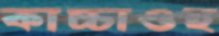
কাচ্চাওহ